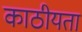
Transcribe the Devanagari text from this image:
काठीयता